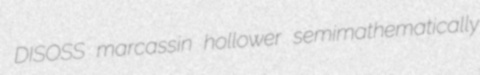
DISOSS marcassin hollower semimathematically